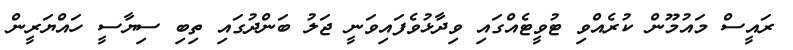
ރައީސް މައުމޫން ކުރެއްވި ޓުވީޓެއްގައި ވިދާޅުވެފައިވަނީ ޖަލު ބަންދުގައި ތިބި ސިޔާސީ ހައްޔަރީން